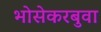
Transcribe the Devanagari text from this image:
भोसेकरबुवा